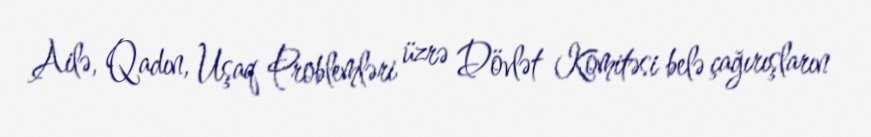
Ailə, Qadın, Uşaq Problemləri üzrə Dövlət Komitəsi belə çağırışların